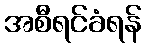
အစီရင်ခံရန်